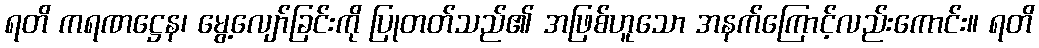
ရတိ ကရဏဋ္ဌေန၊ မွေ့လျော်ခြင်းကို ပြုတတ်သည်၏ အဖြစ်ဟူသော အနက်ကြောင့်လည်းကောင်း။ ရတိ